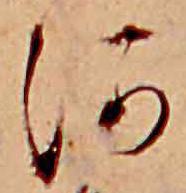
河